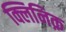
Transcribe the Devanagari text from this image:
क्लिनिक़